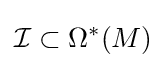
{\mathcal {I}}\subset \Omega ^{*}(M)